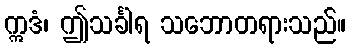
ဣဒံ၊ ဤသင်္ခါရ သဘောတရားသည်။